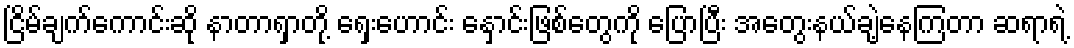
ငြိမ်ချက်ကောင်းဆို နာတာရှာတို့ ရှေးဟောင်း နှောင်းဖြစ်တွေကို ပြောပြီး အတွေးနယ်ချဲ့နေကြတာ ဆရာရဲ့